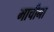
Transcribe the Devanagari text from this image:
माचीना